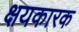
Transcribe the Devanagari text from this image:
क्षयकारक